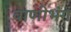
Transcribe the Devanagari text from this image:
वाणीभंग